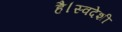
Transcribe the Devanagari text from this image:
है।स्वदेशी